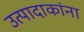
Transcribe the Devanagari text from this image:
उत्पादाकांना